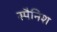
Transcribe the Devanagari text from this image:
स्‍पैनिश